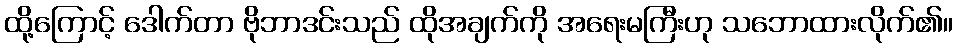
ထို့ကြောင့် ဒေါက်တာ ဗိုဘာဒင်းသည် ထိုအချက်ကို အရေးမကြီးဟု သဘောထားလိုက်၏။